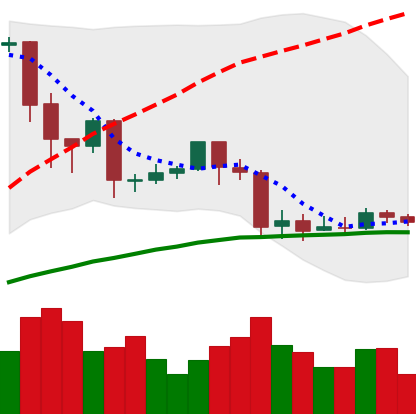
Ticker: EOS-USD
Chart end date: 2020-03-04
Forward return: -14.919%
Label: down_7plus